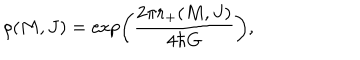
\rho ( M , J ) = \exp \left( \frac { 2 \pi r _ { + } ( M , J ) } { 4 \hbar G } \right) ,